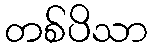
တစ်ပိသာ